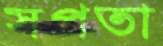
সপতা